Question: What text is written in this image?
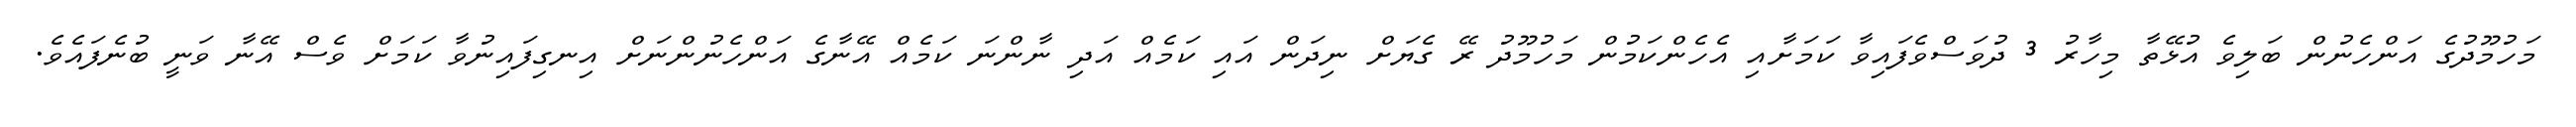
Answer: މަހުމޫދުގެ އަންހެނުން ބަލިވެ އުޅޭތާ މިހާރު 3 ދުވަސްވެފައިވާ ކަމަށާއި އެހެންކަމުން މަހުމޫދު ރޭ ގެޔަށް ނިދަން އައި ކަމެއް އަދި ނާންނަ ކަމެއް އޭނާގެ އަންހެނުންނަށް އިނގިފައިނުވާ ކަމަށް ވެސް އޭނާ ވަނީ ބުނެފައެވެ.